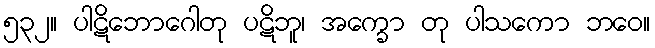
၅၃၂။ ပါဋိဘောဂေါတု ပဋိဘူ၊ အက္ခော တု ပါသကော ဘဝေ။